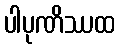
ပါပုဏိဿထ